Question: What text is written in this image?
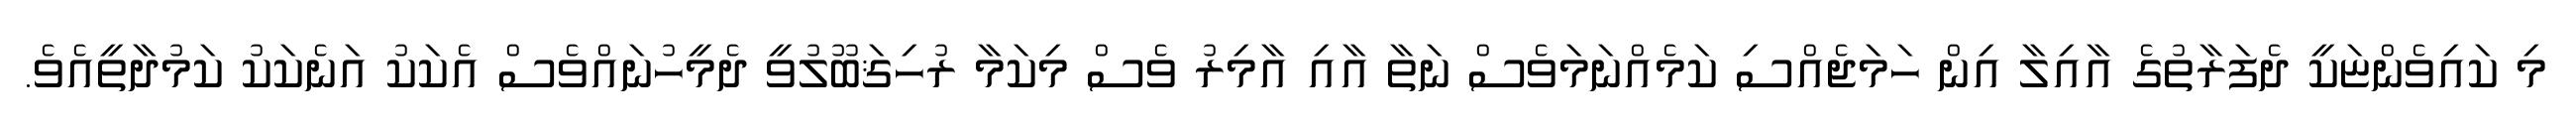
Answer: މި ކައިވެންޏަކީ ދެފަރާތުގެ އާއިލާ އިން ހަމަޖެއްސި ކަމެއްނަމަވެސް ނަތާ އާއި އާމިރު ވެސް މިކަމާ ރުހިޤަބޫލުވީ ދެމީހުނައްވެސް އެކަކު އަނެކަކު ކަމުދާތީއެވެ.